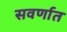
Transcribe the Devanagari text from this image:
सवर्णात